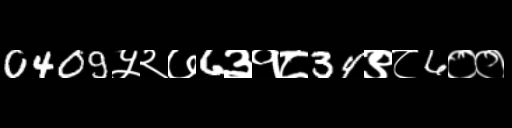
Text: 0409५२७6३१८34९८6००